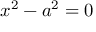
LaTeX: x ^ { 2 } - a ^ { 2 } = 0